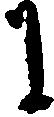
に